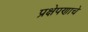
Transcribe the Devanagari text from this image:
प्रक्षेपणाचे